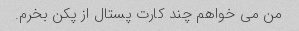
من می خواهم چند کارت پستال از پکن بخرم.